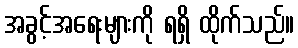
အခွင့်အရေးများကို ရရှိ ထိုက်သည်။